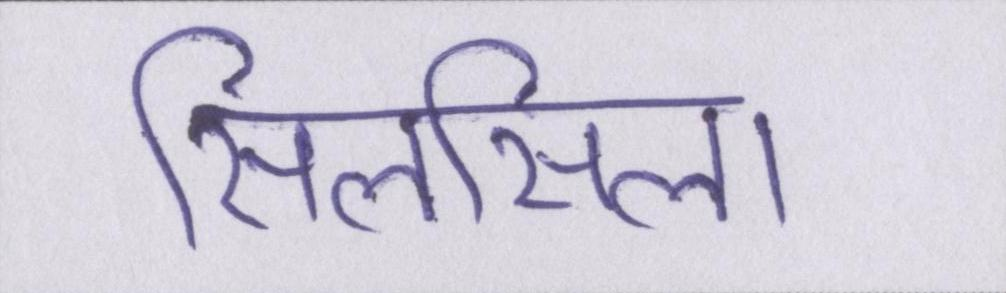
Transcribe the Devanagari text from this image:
सिलसिला